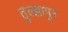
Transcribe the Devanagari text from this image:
तुल्झापुर